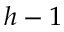
h - 1